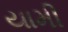
યામી